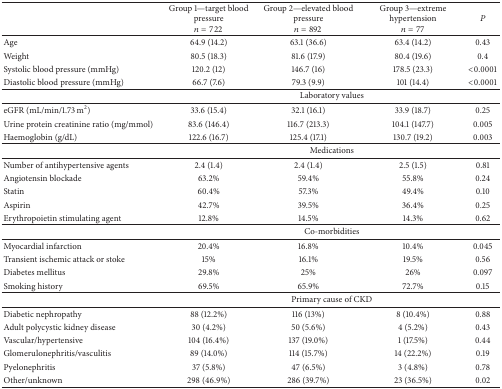
<table><thead><tr><td><b> </b></td><td><b>Group 1—target blood pressure<i>n</i> = 722</b></td><td><b>Group 2—elevated blood pressure<i>n</i> = 892</b></td><td><b>Group 3—extreme hypertension<i>n</i> = 77</b></td><td><b><i>P</i></b></td></tr></thead><tbody><tr><td>Age</td><td>64.9 (14.2)</td><td>63.1 (36.6)</td><td>63.4 (14.2)</td><td>0.43</td></tr><tr><td>Weight</td><td>80.5 (18.3)</td><td>81.6 (17.9)</td><td>80.4 (19.6)</td><td>0.4</td></tr><tr><td>Systolic blood pressure (mmHg)</td><td>120.2 (12)</td><td>146.7 (16)</td><td>178.5 (23.3)</td><td>&lt;0.0001</td></tr><tr><td>Diastolic blood pressure (mmHg)</td><td>66.7 (7.6)</td><td>79.3 (9.9)</td><td>101 (14.4)</td><td>&lt;0.0001</td></tr><tr><td> </td><td colspan="4">Laboratory values</td></tr><tr><td>eGFR (mL/min/1.73 m<sup>2</sup>)</td><td>33.6 (15.4)</td><td>32.1 (16.1)</td><td>33.9 (18.7)</td><td>0.25</td></tr><tr><td>Urine protein creatinine ratio (mg/mmol)</td><td>83.6 (146.4)</td><td>116.7 (213.3)</td><td>104.1 (147.7)</td><td>0.005</td></tr><tr><td>Haemoglobin (g/dL)</td><td>122.6 (16.7)</td><td>125.4 (17.1)</td><td>130.7 (19.2)</td><td>0.003</td></tr><tr><td> </td><td colspan="4">Medications</td></tr><tr><td>Number of antihypertensive agents</td><td>2.4 (1.4)</td><td>2.4 (1.4)</td><td>2.5 (1.5)</td><td>0.81</td></tr><tr><td>Angiotensin blockade</td><td>63.2%</td><td>59.4%</td><td>55.8%</td><td>0.24</td></tr><tr><td>Statin</td><td>60.4%</td><td>57.3%</td><td>49.4%</td><td>0.10</td></tr><tr><td>Aspirin</td><td>42.7%</td><td>39.5%</td><td>36.4%</td><td>0.25</td></tr><tr><td>Erythropoietin stimulating agent</td><td>12.8%</td><td>14.5%</td><td>14.3%</td><td>0.62</td></tr><tr><td> </td><td colspan="4">Co-morbidities</td></tr><tr><td>Myocardial infarction</td><td>20.4%</td><td>16.8%</td><td>10.4%</td><td>0.045</td></tr><tr><td>Transient ischemic attack or stoke</td><td>15%</td><td>16.1%</td><td>19.5%</td><td>0.56</td></tr><tr><td>Diabetes mellitus</td><td>29.8%</td><td>25%</td><td>26%</td><td>0.097</td></tr><tr><td>Smoking history</td><td>69.5%</td><td>65.9%</td><td>72.7%</td><td>0.15</td></tr><tr><td> </td><td colspan="4">Primary cause of CKD</td></tr><tr><td>Diabetic nephropathy</td><td>88 (12.2%)</td><td>116 (13%)</td><td>8 (10.4%)</td><td>0.88</td></tr><tr><td>Adult polycystic kidney disease</td><td>30 (4.2%)</td><td>50 (5.6%)</td><td>4 (5.2%)</td><td>0.43</td></tr><tr><td>Vascular/hypertensive</td><td>104 (16.4%)</td><td>137 (19.0%)</td><td>1 (17.5%)</td><td>0.44</td></tr><tr><td>Glomerulonephritis/vasculitis</td><td>89 (14.0%)</td><td>114 (15.7%)</td><td>14 (22.2%)</td><td>0.19</td></tr><tr><td>Pyelonephritis</td><td>37 (5.8%)</td><td>47 (6.5%)</td><td>3 (4.8%)</td><td>0.78</td></tr><tr><td>Other/unknown</td><td>298 (46.9%)</td><td>286 (39.7%)</td><td>23 (36.5%)</td><td>0.02</td></tr></tbody></table>